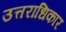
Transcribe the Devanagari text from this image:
उत्तराधिकार